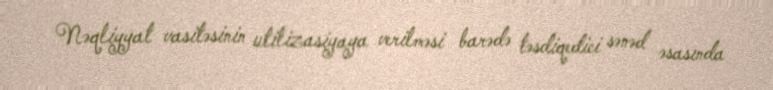
Nəqliyyat vasitəsinin utilizasiyaya verilməsi barədə təsdiqedici sənəd əsasında